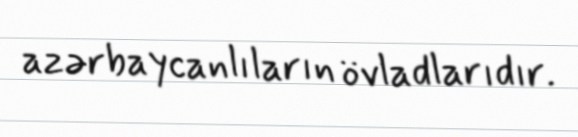
azərbaycanlıların övladlarıdır.